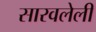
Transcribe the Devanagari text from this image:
सारवलेली